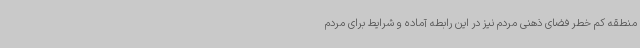
منطقه کم خطر فضای ذهنی مردم نیز در این رابطه آماده و شرایط برای مردم